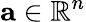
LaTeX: \mathbf{a}\in\mathbb{R}^{n}